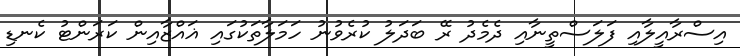
އިސްރާއީލާއި ފަލަސްތީނާއި ދެމެދު ރޭ ބަދަލު ކުރެވުނު ހަމަލާތަކުގައި ޣައްޒާއިން ކަރަންޓު ކެނޑި